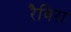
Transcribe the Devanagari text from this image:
रैविरा